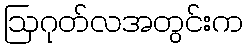
ဩဂုတ်လအတွင်းက